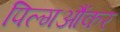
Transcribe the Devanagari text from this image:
पिल्गऔंकर